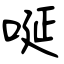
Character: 唌